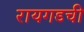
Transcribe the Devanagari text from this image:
रायगडची